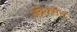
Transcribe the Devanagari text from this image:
अब्रैक्सैस